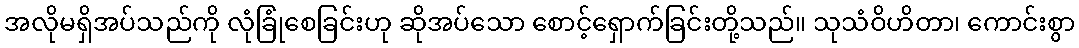
အလိုမရှိအပ်သည်ကို လုံခြုံစေခြင်းဟု ဆိုအပ်သော စောင့်ရှောက်ခြင်းတို့သည်။ သုသံဝိဟိတာ၊ ကောင်းစွာ